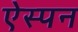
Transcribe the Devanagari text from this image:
ऐस्पन